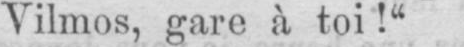
Vilmos, gare à toi!“